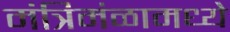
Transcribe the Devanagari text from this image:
मंत्रिमंळामध्ये